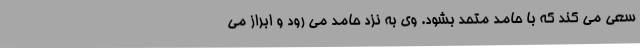
سعی می کند که با حامد متحد بشود. وی به نزد حامد می رود و ابراز می